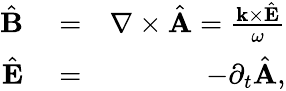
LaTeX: \begin{array}{rlr}{\hat{\mathbf B}}&{{}=}&{\nabla\times\hat{\mathbf A}=\frac{{\mathbf k}\times\hat{\mathbf E}}{\omega}}\\ {\hat{\mathbf E}}&{{}=}&{-\partial_{t}\hat{\mathbf A},}\end{array}